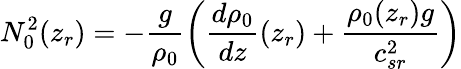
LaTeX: N_{0}^{2}(z_{r})=-\frac{g}{\rho_{0}}\left(\frac{d\rho_{0}}{dz}(z_{r})+\frac{\rho_{0}(z_{r})g}{c_{sr}^{2}}\right)